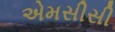
એમસીસી